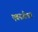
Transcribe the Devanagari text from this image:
एवनजीलक